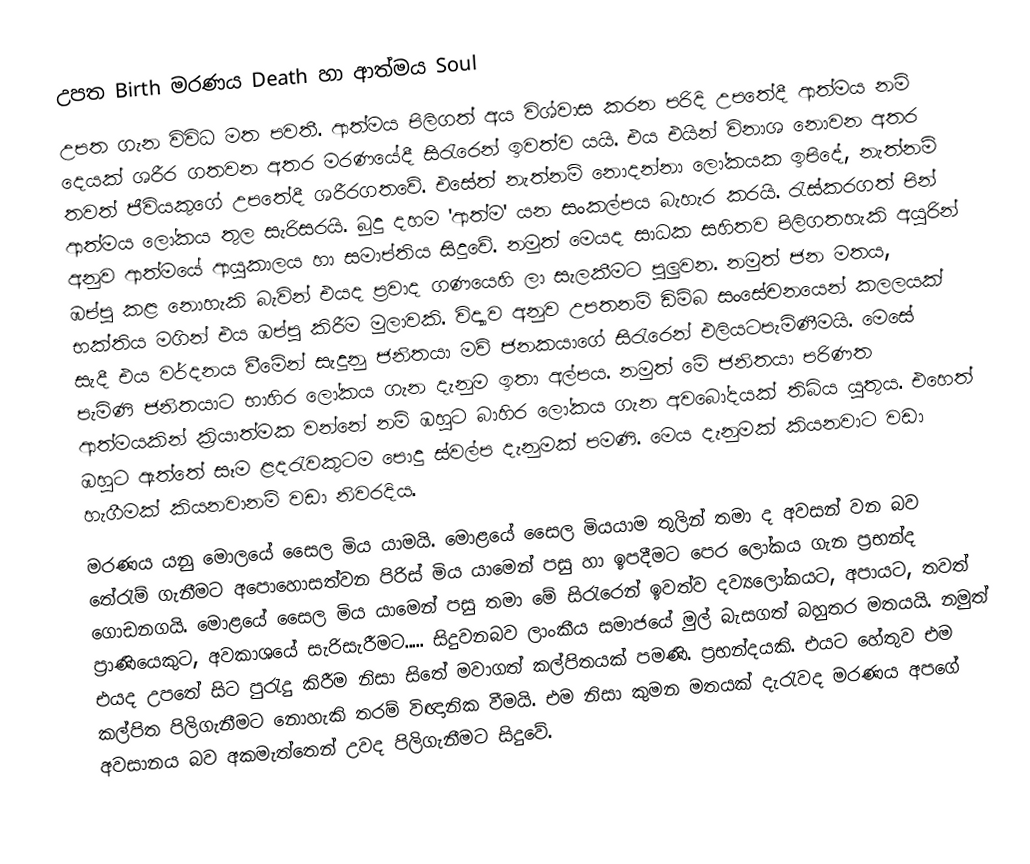
උපත Birth මරණය Death හා ආත්මය Soul
උපත ගැන විවිධ මත පවතී. ආත්මය පිලිගත් අය විශ්වාස කරන පරිදි උපතේදී ආත්මය නම් දෙයක් ශරීර ගතවන අතර මරණයේදී සිරැරෙන් ඉවත්ව යයි. එය එයින් විනාශ නොවන අතර තවත් ජීවියකුගේ උපතේදී ශරීරගතවේ. එසේත් නැත්නම් නොදන්නා ලෝකයක ඉපිදේ, නැත්නම් ආත්මය ලෝකය තුල සැරිසරයි.  බුදු දහම 'ආත්ම' යන සංකල්පය බැහැර කරයි. රැස්කරගත් පින් අනුව ආත්මයේ ආයුකාලය හා සමාප්තිය සිදුවේ. නමුත් මෙයද සාධක සහිතව පිලිගතහැකි අයුරින් ඹප්පු කළ නොහැකි බැවින් එයද ප්‍රවාද ගණයෙහි ලා සැලකීමට පුලුවන. නමුත් ජන මතය, භක්තිය මගින් එය ඹප්පු කිරීම මුලාවකි. විද්‍යාව අනුව උපතනම් ඩිම්බ සංසේචනයෙන් කලලයක් සැදී එය වර්දනය වීමේන් සැදුනු ජනිතයා මව් ජනකයාගේ සිරැරෙන් එලියටපැමිණීමයි. මෙසේ පැමිණි ජනිතයාට භාහිර ලෝකය ගැන දැනුම ඉතා අල්පය. නමුත් මේ ජනිතයා පරිණත ආත්මයකින් ක්‍රියාත්මක වන්නේ නම් ඹහුට බාහිර ලෝකය ගැන අවබෝදයක් තිබිය යුතුය. එහෙත් ඹහුට ඇත්තේ සෑම ළදරැවකුටම පොදු ස්වල්ප දැනුමක් පමණි. මෙය දැනුමක් කියනවාට වඩා හැගීමක් කියනවානම් වඩා නිවරදිය.
මරණය යනු මොලයේ සෛල මිය යාමයි. මොළයේ සෛල මියයාම තුලින් තමා ද අවසන් වන බව තේරැම් ගැනීමට අපොහොසත්වන පිරිස් මිය යාමෙන් පසු හා ඉපදීමට පෙර ලෝකය ගැන ප්‍රභන්ද ගොඩනගයි. මොළයේ සෛල මිය යාමෙන් පසු තමා මේ සිරැරෙන් ඉවත්ව දව්‍යලෝකයට, අපායට, තවත් ප්‍රාණියෙකුට, අවකාශයේ සැරිසැරීමට..... සිදුවනබව ලාංකීය සමාජයේ මුල් බැසගත් බහුතර මතයයි. නමුත් එයද උපතේ සිට පුරැදු කිරීම නිසා සිතේ මවාගත් කල්පිතයක් පමණි. ප්‍රභන්දයකි. එයට හේතුව එම කල්පිත පිලිගැනීමට නොහැකි තරම් විඥානික වීමයි. එම නිසා කුමන මතයක් දැරැවද මරණය අපගේ අවසානය බව අකමැත්තෙන් උවද පිලිගැනීමට සිදුවේ.